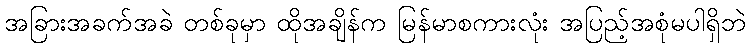
အခြားအခက်အခဲ တစ်ခုမှာ ထိုအချိန်က မြန်မာစကားလုံး အပြည့်အစုံမပါရှိဘဲ